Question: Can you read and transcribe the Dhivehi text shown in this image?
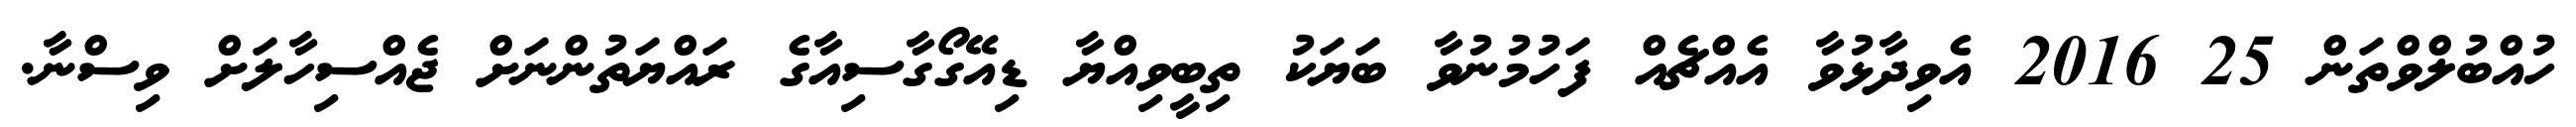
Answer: ހުއްބުލްވްތަން 25 2016 އެވިދާޅުވާ އެއްޗެއް ފަހުމުނުވާ ބަޔަކު ތިބީވިއްޔާ ޑިއޭގޯގާސިއާގެ ރައްޔަތުންނަށް ޖެއްސިހާލަށް ވިސްނާ.